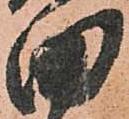
田